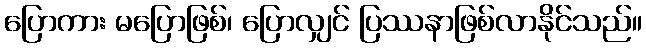
ပြောကား မပြောဖြစ်၊ ပြောလျှင် ပြဿနာဖြစ်လာနိုင်သည်။